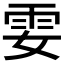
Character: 𩁻